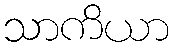
သာကိယာ